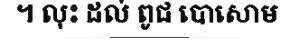
។ លុះ ដល់ ពូជ បោសោម